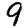
Digit: 9